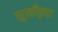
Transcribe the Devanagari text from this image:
सुखीकुरु